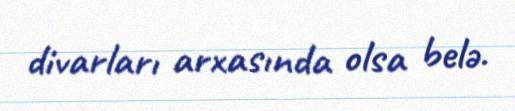
divarları arxasında olsa belə.